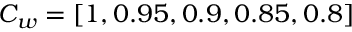
C _ { w } = [ 1 , 0 . 9 5 , 0 . 9 , 0 . 8 5 , 0 . 8 ]